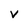
Character: v